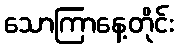
သောကြာနေ့တိုင်း